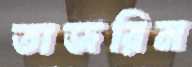
তাজরিন